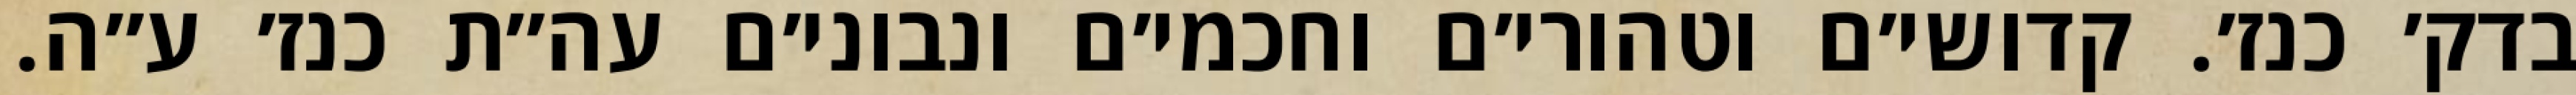
בדק׳ כנז׳. קדושי׳ם וטהורי׳ם וחכמי׳ם ונבוני׳ם עה״ת כנז׳ ע״ה.